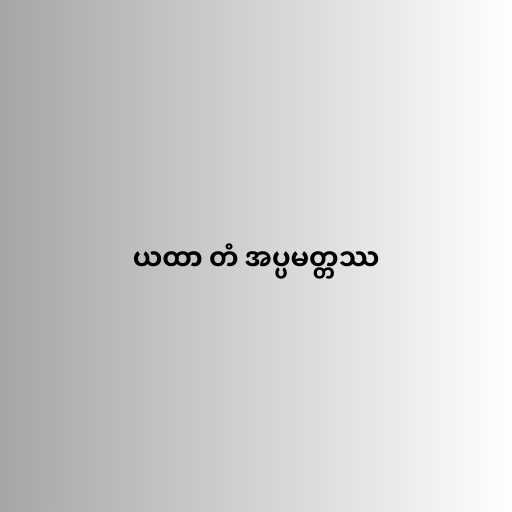
ယထာ တံ အပ္ပမတ္တဿ